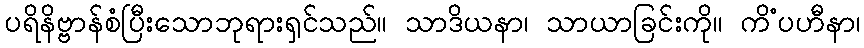
ပရိနိဗ္ဗာန်စံပြီးသောဘုရားရှင်သည်။ သာဒိယနာ၊ သာယာခြင်းကို။ ကိံပဟီနာ၊